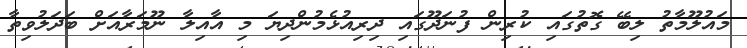
މައުލޫމާތު ލިބޭ ގޮތުގައި ކުރިން ފުނަދޫގައި ދިރިއުޅެމުންދިޔަ މި އާއިލާ ނޫމަރާއަށް ބަދަލުވިތާ